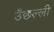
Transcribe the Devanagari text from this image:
उँछल्ली